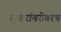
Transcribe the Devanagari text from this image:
सुधारांबरोबरच